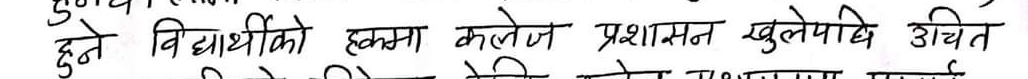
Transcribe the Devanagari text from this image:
दुते विद्यार्थीको हकमा कलेज प्रशासन खुलेपछि उचित